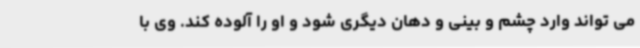
می تواند وارد چشم و بینی و دهان دیگری شود و او را آلوده کند. وی با